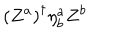
\left( Z ^ { a } \right) ^ { \dagger } \eta _ { b } ^ { a } Z ^ { b }